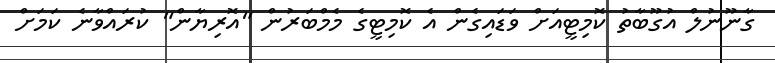
ގާނޫނުލް އުގޫބާތު ކޮމިޓީއަށް ވަޑައިގެން އެ ކޮމިޓީގެ މެމްބަރުން "އޮރިޔާން" ކުރައްވާނެ ކަމަށް